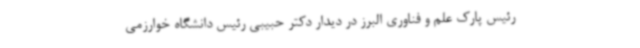
رئیس پارک علم و فناوری البرز در دیدار دکتر حبیبی رئیس دانشگاه خوارزمی